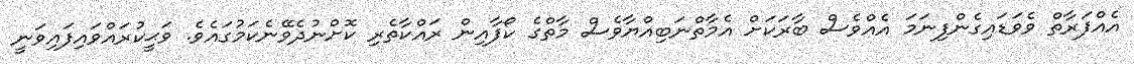
އެއްފަރާތް ވެވަޑައިގެންފިނަމަ އެއްވެސް ބާރަކަށް އެމާތްނަބިއްޔާވެސް މާތްގެ ކޯފާއިން ރައްކާތެރި ކޮށްނުދެވޭނެކަމުގައެވެ. ވަޙީކުރައްވައިފައިވަނީ